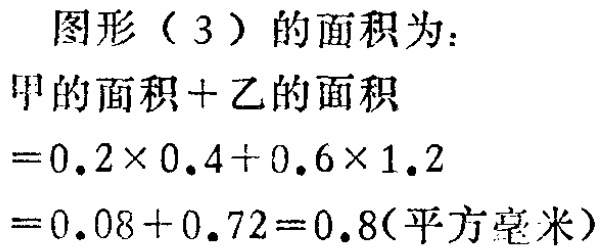
图形（3）的面积为：

甲的面积+乙的面积

\(=0.2\times0.4 + 0.6\times1.2\)

\(=0.08 + 0.72 = 0.8(\text{平方毫米})\)